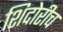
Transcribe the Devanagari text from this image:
शिदोरीच